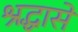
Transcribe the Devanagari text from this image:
श्रद्धासे